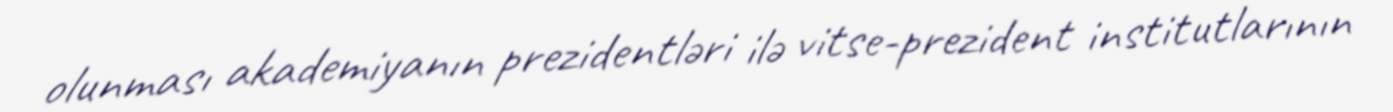
olunması akademiyanın prezidentləri ilə vitse-prezident institutlarının